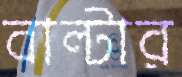
বাল্টার